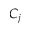
C _ { j }